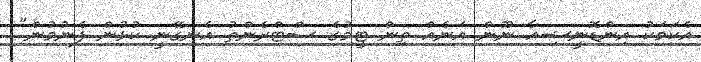
އެކަމަކު އިންޑޮނީޝިއާ ނޫން އަނެއް ތިން ޓީމުގެ ސްޓްރެންތު އެނގޭނީ ކުޅުން ފެނުމުން"